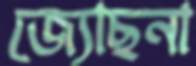
জ্যোছনা